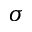
\sigma